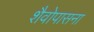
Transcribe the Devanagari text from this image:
शैवोपासना